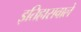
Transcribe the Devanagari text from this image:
इतिहासवाले